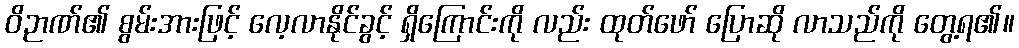
ဝိဉာဏ်၏ စွမ်းအားဖြင့် လေ့လာနိုင်ခွင့် ရှိကြောင်းကို လည်း ထုတ်ဖော် ပြောဆို လာသည်ကို တွေ့ရ၏။